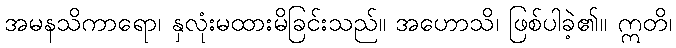
အမနသိကာရော၊ နှလုံးမထားမိခြင်းသည်။ အဟောသိ၊ ဖြစ်ပါခဲ့၏။ ဣတိ၊